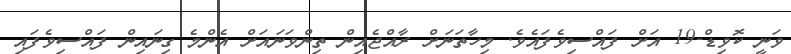
ވަނީ ކޮވިޑް-19 އަށް ފައްސިވެފައެވެ. މިހާތަނަށް ރާއްޖެއިން ތިންވަނައަށް އެންމެ ގިނައިން ފައްސިވެފައި